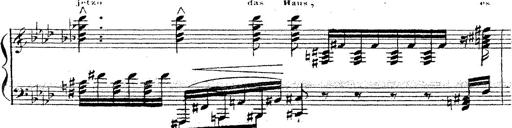
Title: 12 Lieder von Franz Schubert
Composer: Franz Liszt